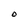
Character: O